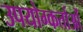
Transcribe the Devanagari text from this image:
उपयोग्कर्ताओं